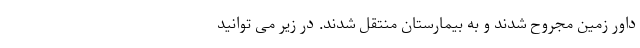
داور زمین مجروح شدند و به بیمارستان منتقل شدند. در زیر می توانید